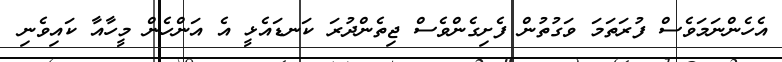
އެހެންނަމަވެސް ފުރަތަމަ ވަގުތުން ފެށިގެންވެސް ޖިތެންދުރަ ކަނޑައެޅީ އެ އަންހެން މީހާއާ ކައިވެނި